Sketch of the medical history of the native army of Bombay, for the year
Year: 1870
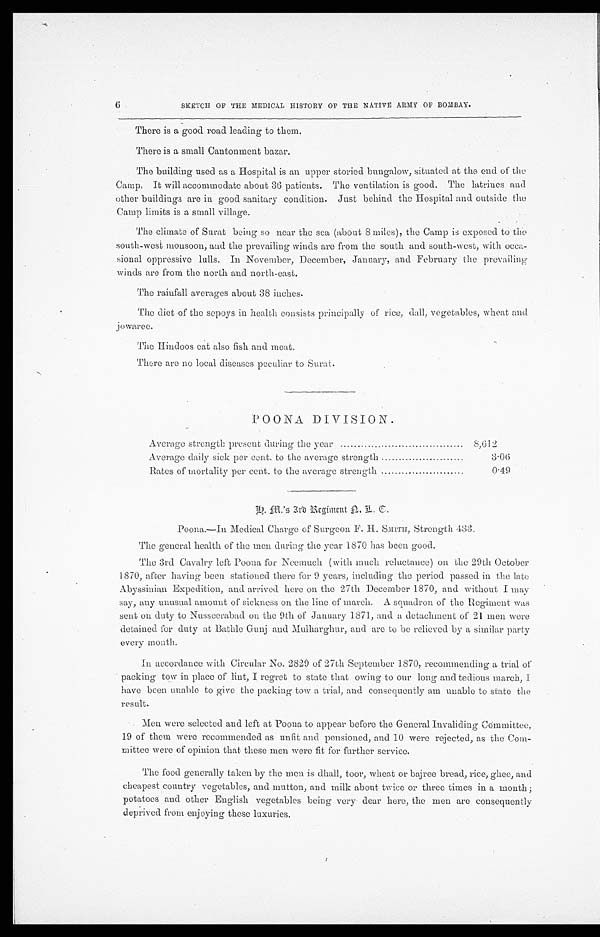
6 SKETCH OF THE MEDICAL HISTORY OF THE NATIVE ARMY OF BOMBAY.
There is a good road leading to them.
There is a small Cantonment bazar.
The building used as a Hospital is an upper storied bungalow, situated at the end of the
Camp: It will accommodate about 36 patients. The ventilation is good. The latrines and
other buildings are in good sanitary condition. Just behind the Hospital and outside the
Camp limits is a small village.
The climate of Surat being so near the sea (about 8 miles), the Camp is exposed to the
south-west monsoon, and the prevailing winds are from the south and south-west, with occa-
sional oppressive lulls. In November, December, January, and February the prevailing
winds are from the north and north-east.
The rainfall averages about 38 inches.
The diet of the sopoys in health consists principally of rice, dall, vegetables, wheat and
jo waree.
The Hindoos eat also fish and meat.
There are no local diseases peculiar to Surat.
POONA DIVISION.
Average strength present during the year
8,612,
Average daily sick per cent. to the average strength
3.06
Rates of mortality per cent. to the average strength
0.49
F . M . ' s 3 r d R e g i m e n t T . C .
Poona.—In Medical Charge of Surgeon F. H. SMITH, Strength 433.
The general health of the men during the year 1870 has been good.
The 3rd Cavalry loft Poona for Neemuch (with much reluctance) on the 29th October
1870, after having been stationed there for 9 years, including the period passed in the late
Abyssinian Expedition, and arrived here on the 27th December 1870, and without I may
say, any unusual amount of sickness on the line of march. A squadron of the Regiment was
sent on duty to Nusseerabad on the 9th of January 1871, and a detachment of 21 men were
detained for duty at Bathle Gunj and Mulharghur, and are to be relieved by a similar party
every month.
In accordance with Circular No. 2829 of 27th September 1.870, recommending a trial of
packing tow in place of lint, I regret to state that owing to our long and tedious march, I
have been unable to give the packing tow a trial, and consequently am unable to state the
result.
Men were selected and left at Poona to appear before the General Invaliding Committee,
19 of them were recommended as unfit and pensioned, and 10 were rejected, as the Com-
mittee were of opinion that these men were fit for further service.
The food generally taken by the men is dhall, toor, wheat or bajree bread, rice, ghee, and
cheapest country vegetables, and mutton, and milk about twice or three times in a month;
potatoes and other English vegetables being very dear here, the men are consequently
deprived from enjoying these luxuries.